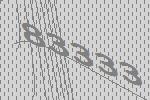
83333